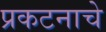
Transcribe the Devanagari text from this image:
प्रकटनाचे